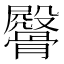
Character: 𩪔